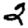
Digit: 2